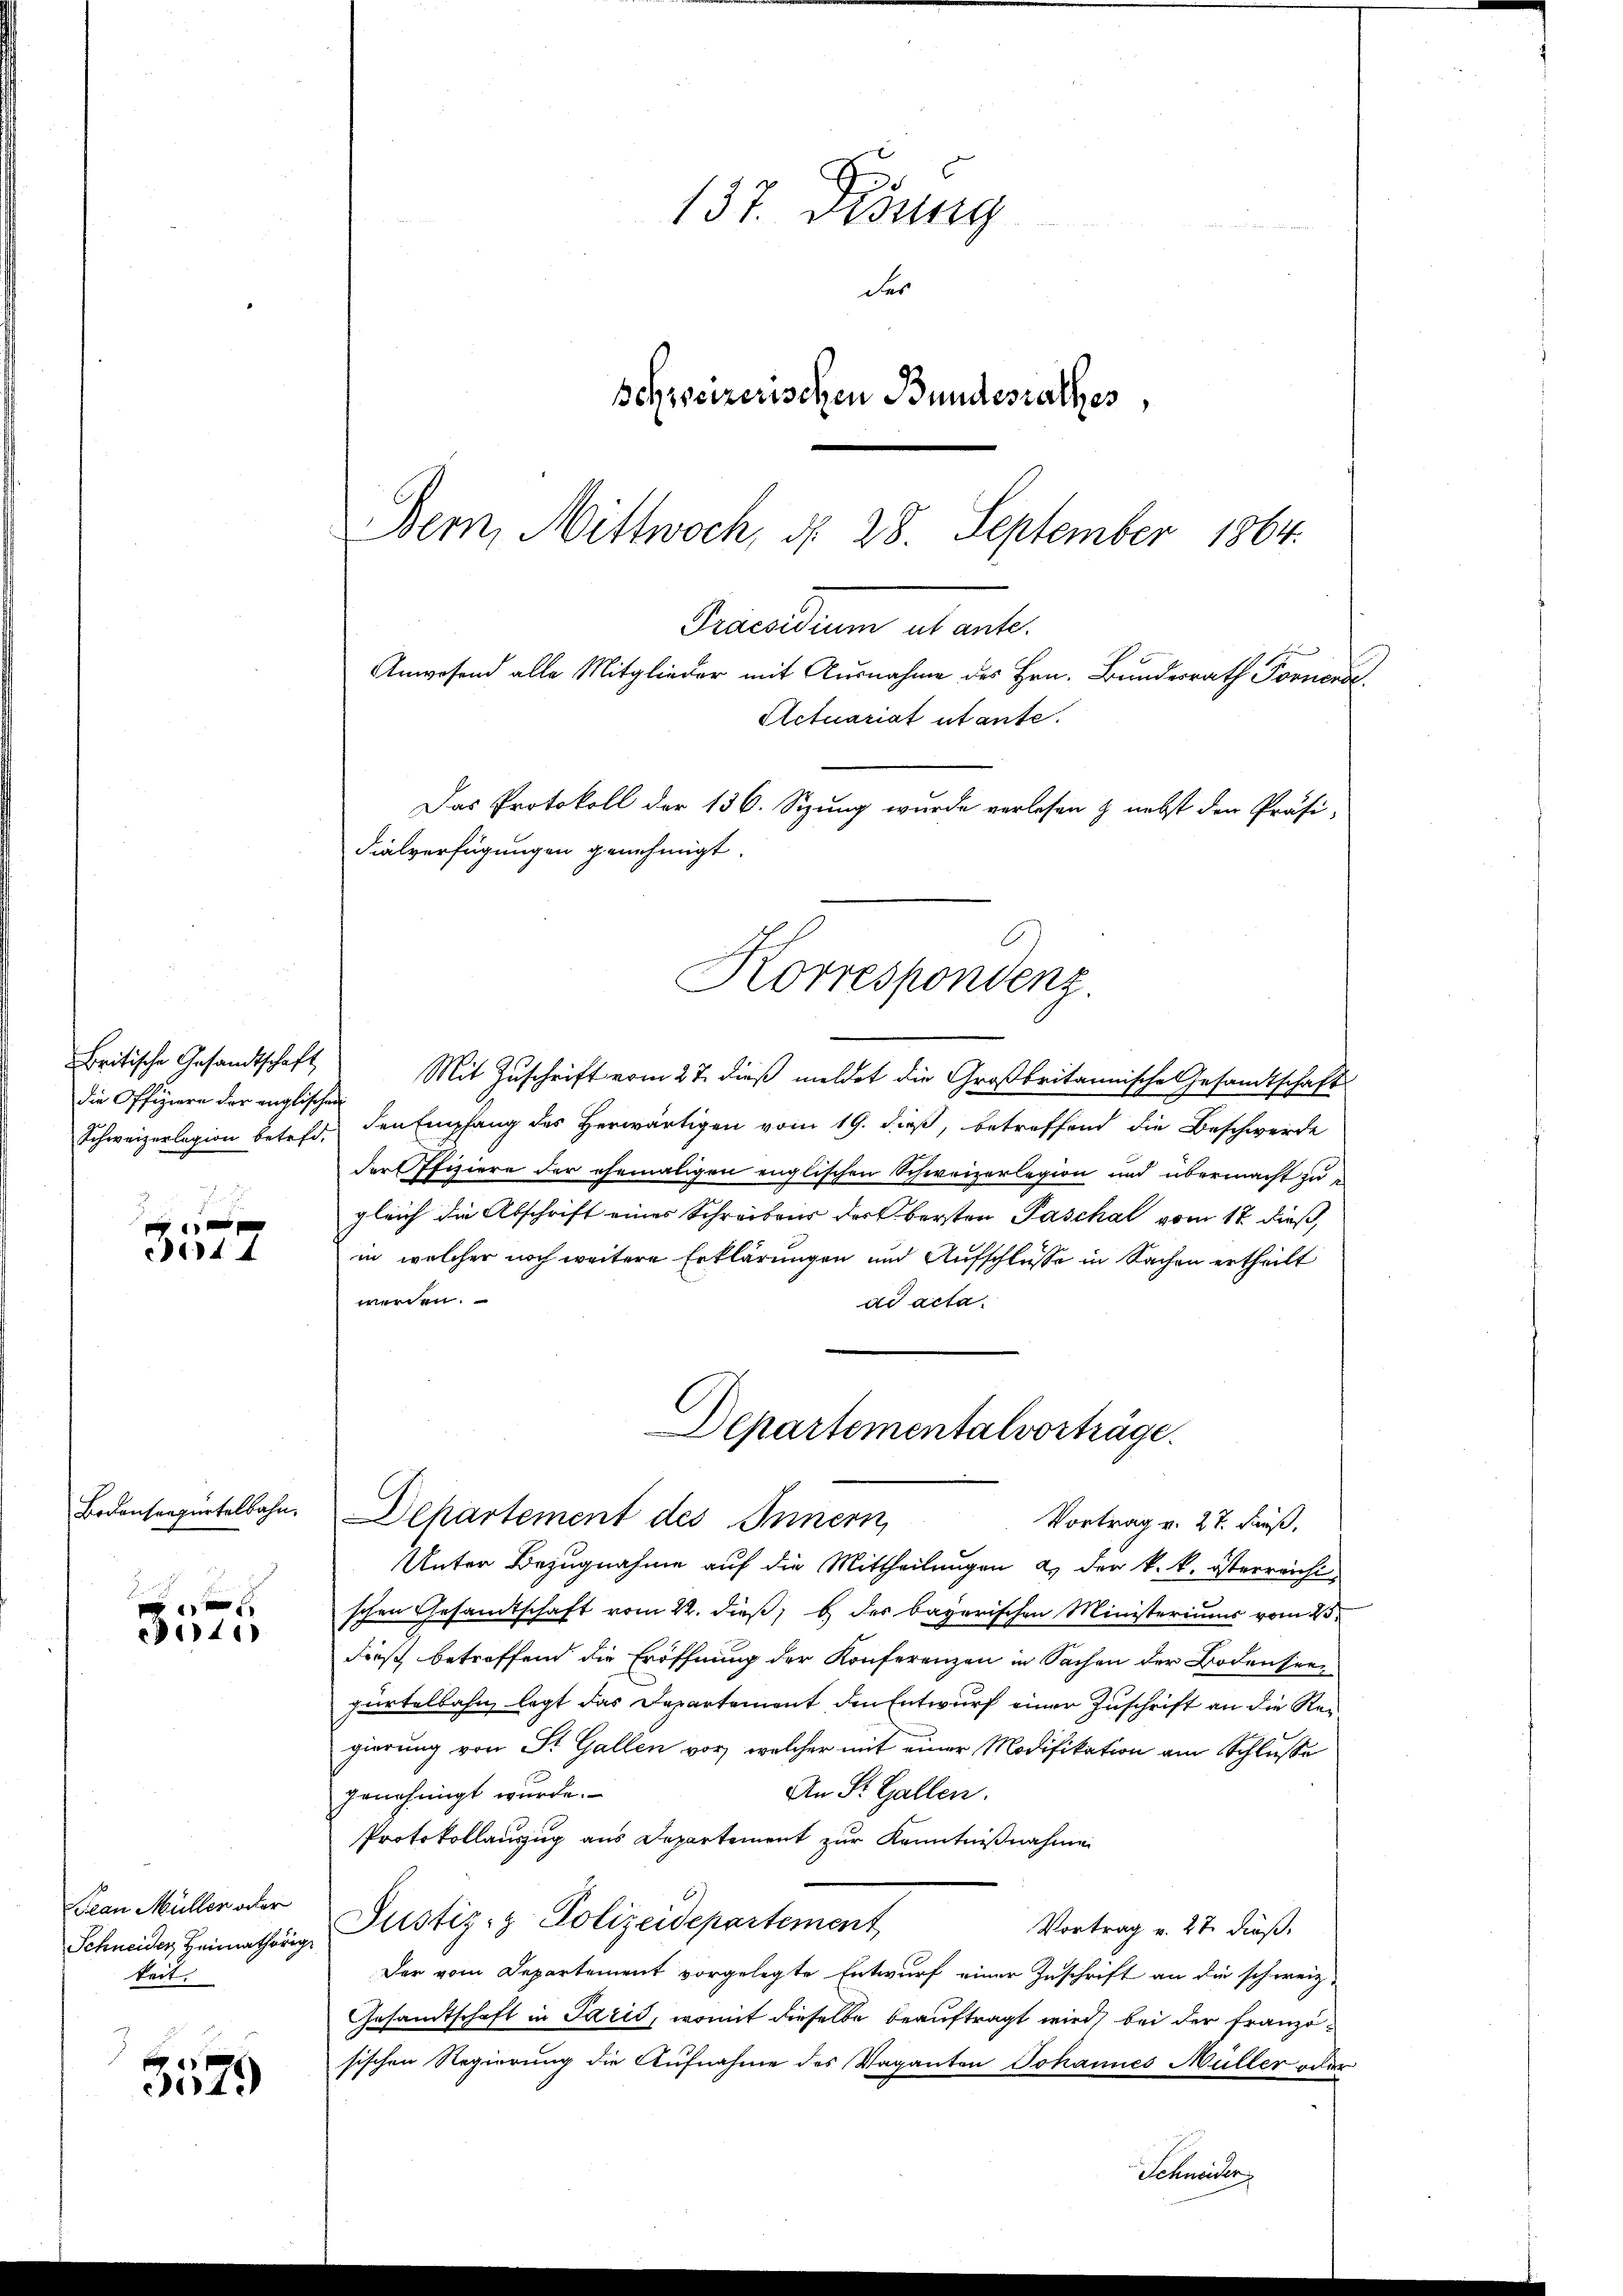
Britische Gesandtschaft
die Offiziere der englischen

e
344

Bodenseepürtelbahn.

141

Jean Müller oder
Schneider Heimathörige
keit.

5579

Decilium actante
Actuariat utante.
Das Protokoll der 136. Sizung wurde verlesen & nebst den Präsi-
Fialverfügungen genehmigt.
Korrespondenz.

137. Dedung
des
schweizerischen Bundesrathes,
Bern, Mittwoch, d. 28. September 1864.

Anwesend alle Mitglieder mit Ausnahme des Hrn. Bundesrath Fornerse

Mit Zuschrift vom 27. dieß meldet die Großbritannische Gesandtschaft
Schweizerlagion betreff den Empfang des Herwärtigen vom 19. dieß, betreffend die Beschwerde
der Pfiziere der ehemaligen englischen Schweizerlegion und übermacht zugleich die Abschrift eines Schreibens der Obersten Paschal vom 12 dieß
in welcher noch weitere Erklärungen und Aufschlüsse in Sachen ertheilt
werden.
ad acta.
Unter Bezugnahme auf die Mittheilungen a. der k. k. österreicht
schen Gesandtschaft vom 22. dieß, b) des bayerischen Ministeriums vom 25.
dieß betreffend die Eröffnung der Konferenzen in Sachen der Bodensee
gürtelbahn, legt das Departement den Entwurf einer Zuschrift an die Reigierung von St. Gallen vor, welcher mit einer Modifikation am Schlusse
An St. Gallen.
genehmigt wurde.
Protokollauszug aus Departement zur Kenntnißnahme
Justiz- & Polizeidepartement
Vortrag u. 27. dieß.
Der vom Departement vorgelegte Entwurf einer Zuschrift an die schweiz.
Gesamtschaft in Paris, womit dieselbe beauftragt wird, bei der Französischen Regierung die Aufnahme des Vaganton Johannes Müller oder
Schneiden

Departementalvorträge.
Departement des Innern,
Vortrag v. 27. Fuß,